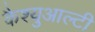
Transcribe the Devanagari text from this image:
कैश्युआल्टी